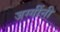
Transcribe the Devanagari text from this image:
जग्गींनी